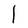
Character: l